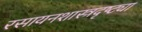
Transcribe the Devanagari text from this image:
रसायनशास्त्रदृष्ट्या